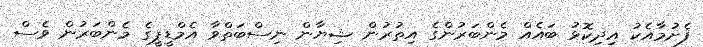
ފެށުމާއެކު އިދިކޮޅު ބައެއް މެންބަރުންގެ އިތުރުން ޝިޔާން ނިސްބަތްވާ އެމްޑީޕީގެ މެންބަރުން ވެސް